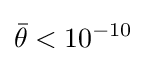
{\bar {\theta }}<10^{-10}